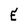
Character: E